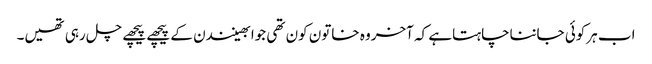
اب ہرکوئی جانناچاہتاہے کہ آخروہ خاتون کون تھی جوابھینندن کے پیچھے پیچھے چل رہی تھیں۔